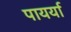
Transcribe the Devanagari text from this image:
पायर्या